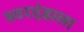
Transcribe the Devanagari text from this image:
स्वरदंडाला